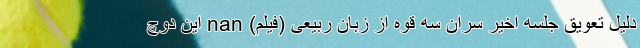
دلیل تعویق جلسه اخیر سران سه قوه از زبان ربیعی (فیلم) nan این دوچ